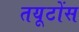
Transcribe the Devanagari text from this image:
तयूटोंस